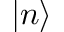
| n \rangle